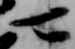
可